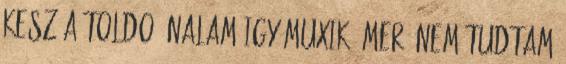
kesz a toldo. Nalam igy muxik, mer' nem tudtam